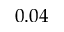
0 . 0 4